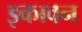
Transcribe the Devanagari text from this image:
इकावन